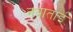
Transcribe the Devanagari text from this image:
नबाताई